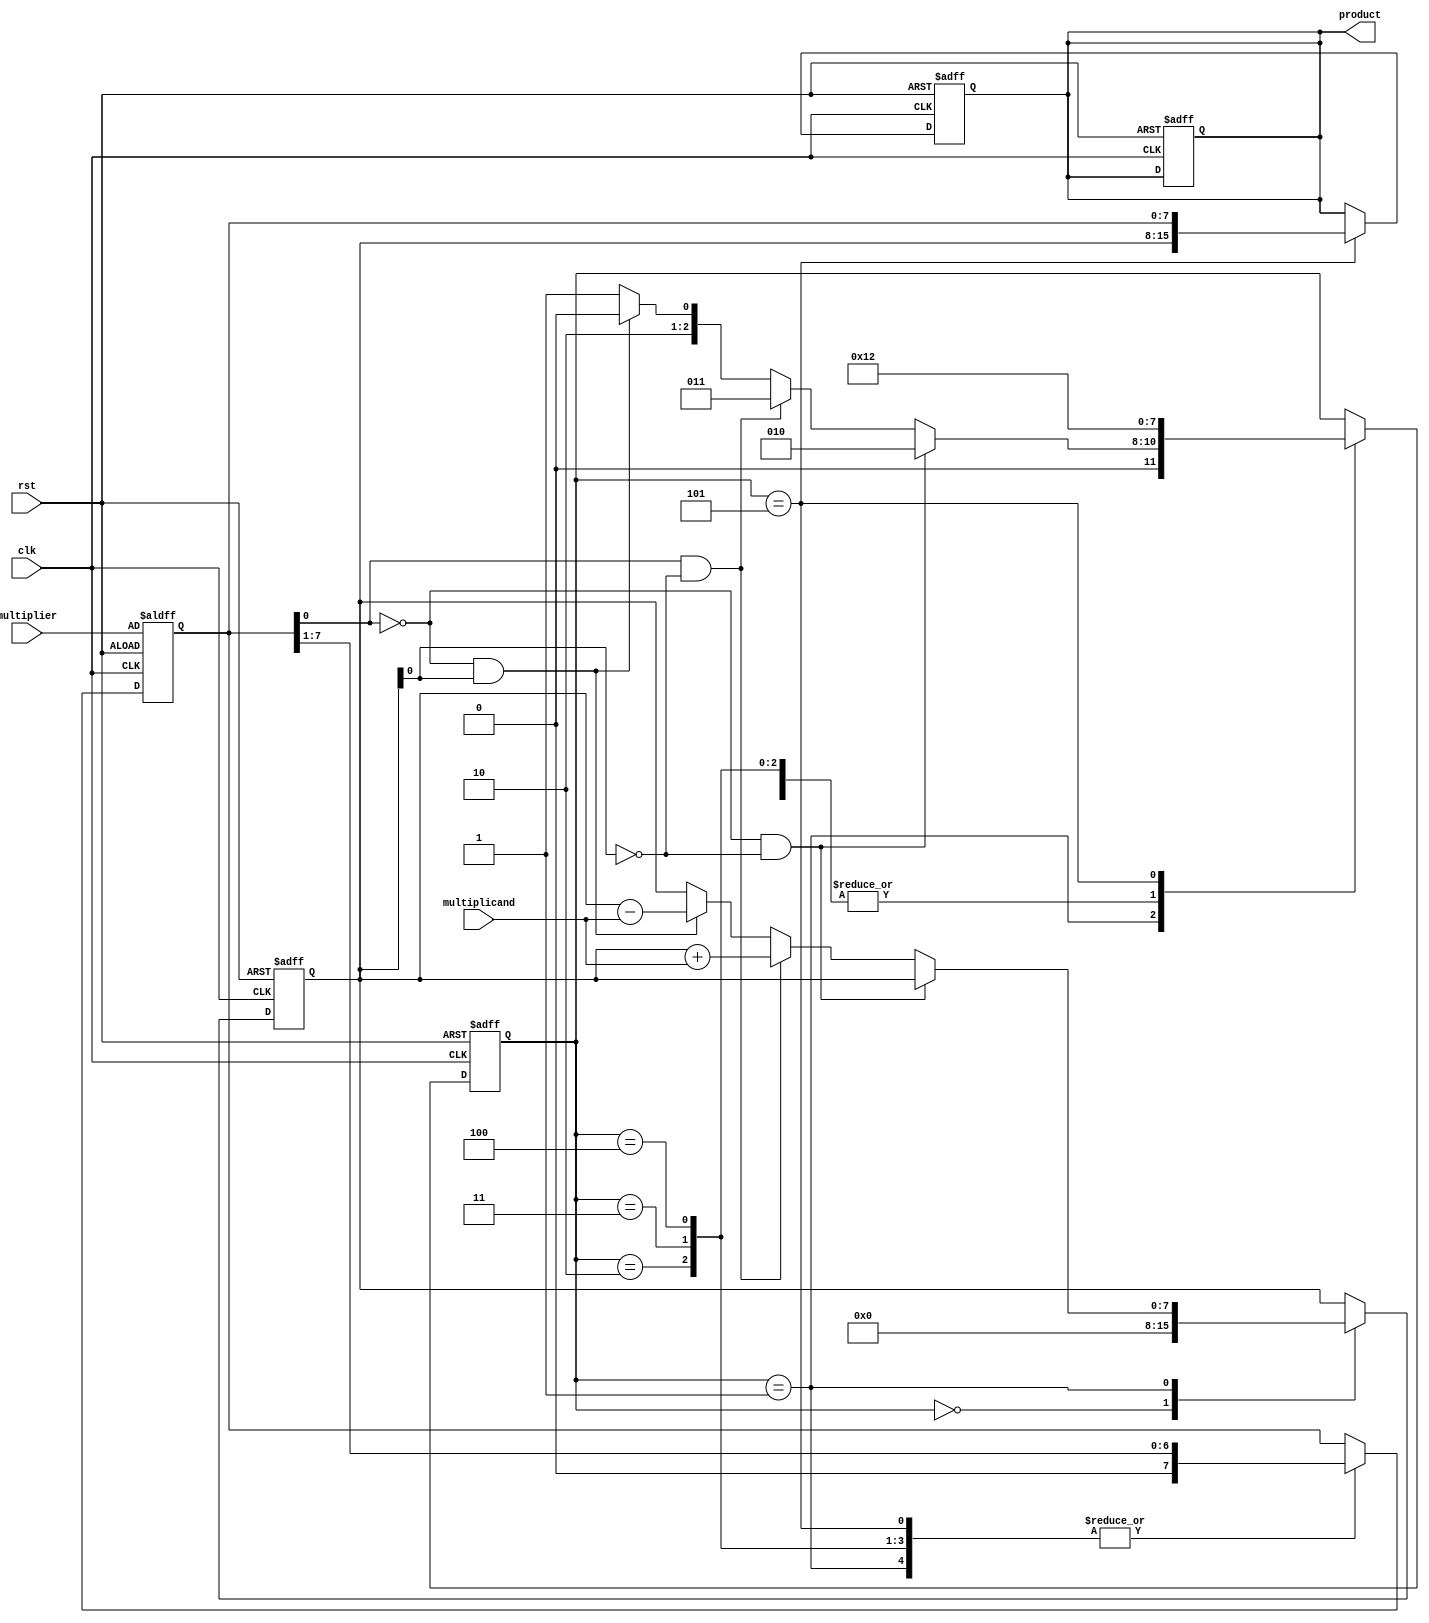
module sequential_booth_multiplier(
    input wire clk,
    input wire rst,
    input wire [7:0] multiplicand,
    input wire [7:0] multiplier,
    output reg [15:0] product
);

reg [7:0] a;
reg [7:0] m;
reg [3:0] counter;
reg [3:0] state;

always @(posedge clk or posedge rst) begin
    if (rst) begin
        a <= 8'b0;
        m <= multiplier;
        counter <= 4'b0;
        state <= 4'b0;
        product <= 16'b0;
    end else begin
        case(state)
            4'b0000: begin // Initialize
                a <= 8'b0;
                state <= 4'b0001;
            end
            4'b0001: begin // Process booth's algorithm
                if (m[0] == 0 && a[0] == 0) begin
                    state <= 4'b0010;
                end else if (m[0] == 1 && a[0] == 0) begin
                    a <= a + multiplicand;
                    state <= 4'b0011;
                end else if (m[0] == 0 && a[0] == 1) begin
                    a <= a - multiplicand;
                    state <= 4'b0100;
                end else begin
                    state <= 4'b0101;
                end
                m <= m >> 1;
            end
            4'b0010: begin // Shift right
                state <= 4'b0001;
                m <= m >> 1;
            end
            4'b0011: begin // Shift right and add
                state <= 4'b0001;
                m <= m >> 1;
            end
            4'b0100: begin // Shift right and subtract
                state <= 4'b0001;
                m <= m >> 1;
            end
            4'b0101: begin // Shift and add/subtract
                state <= 4'b0010;
                m <= m >> 1;
            end
        endcase
    end
end

always @(posedge clk or posedge rst) begin
    if (rst) begin
        product <= 16'b0;
    end else if (state == 4'b0101) begin
        product <= {a, m};
    end
end

endmodule